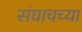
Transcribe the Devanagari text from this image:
संघाचच्या